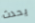
يحدث